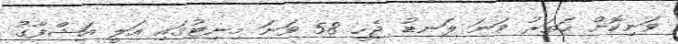
ވަނިކޮށް ހަތަރު ވަނަ ލަނޑު ޖެހީ 58 ވަނަ މިނިޓުގައި އަލީ އަޝްފާގު